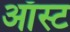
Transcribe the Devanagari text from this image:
ऑस्ट